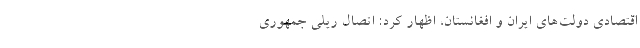
اقتصادی دولت‌های ایران و افغانستان، اظهار کرد:‌ اتصال ریلی جمهوری